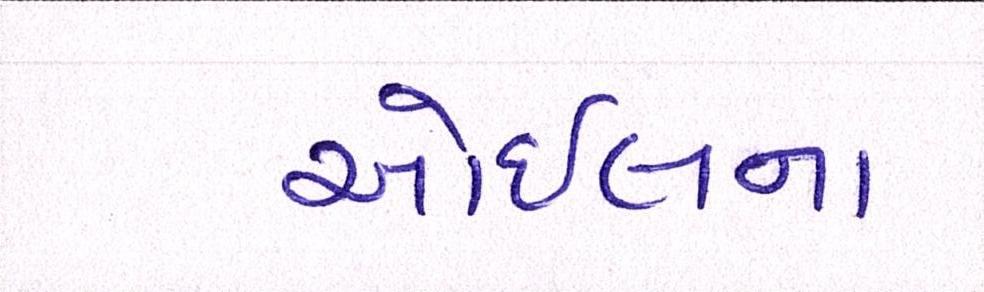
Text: ઓઇલના